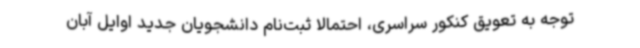
توجه به تعویق کنکور سراسری، احتمالا ثبت‌نام دانشجویان جدید اوایل آبان